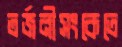
তর্জনীসংকেতে